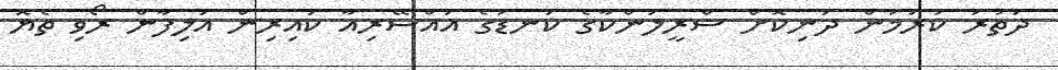
ދަތުރު ކުރަމުން ދަނިކޮށް ސްރީލަންކާގެ ކަނޑުގެ އައްސޭރިއާ ކައިރިން އަލިފާން ރޯވި ތެޔޮ